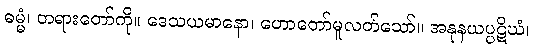
ဓမ္မံ၊ တရားတော်ကို။ ဒေသယမာနော၊ ဟောတော်မူလတ်သော်။ အနုနယပ္ပဋိဃံ၊